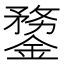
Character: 䥐